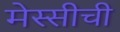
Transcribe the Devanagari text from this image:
मेस्सीची